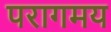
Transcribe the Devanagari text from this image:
परागमय